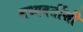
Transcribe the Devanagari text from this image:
मध्यवर्तीशी